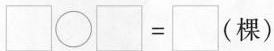
$$\Box \circ \Box = \Box (棵)$$